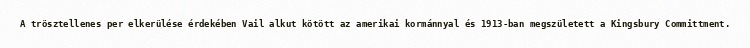
A trösztellenes per elkerülése érdekében Vail alkut kötött az amerikai kormánnyal és 1913-ban megszületett a Kingsbury Committment.